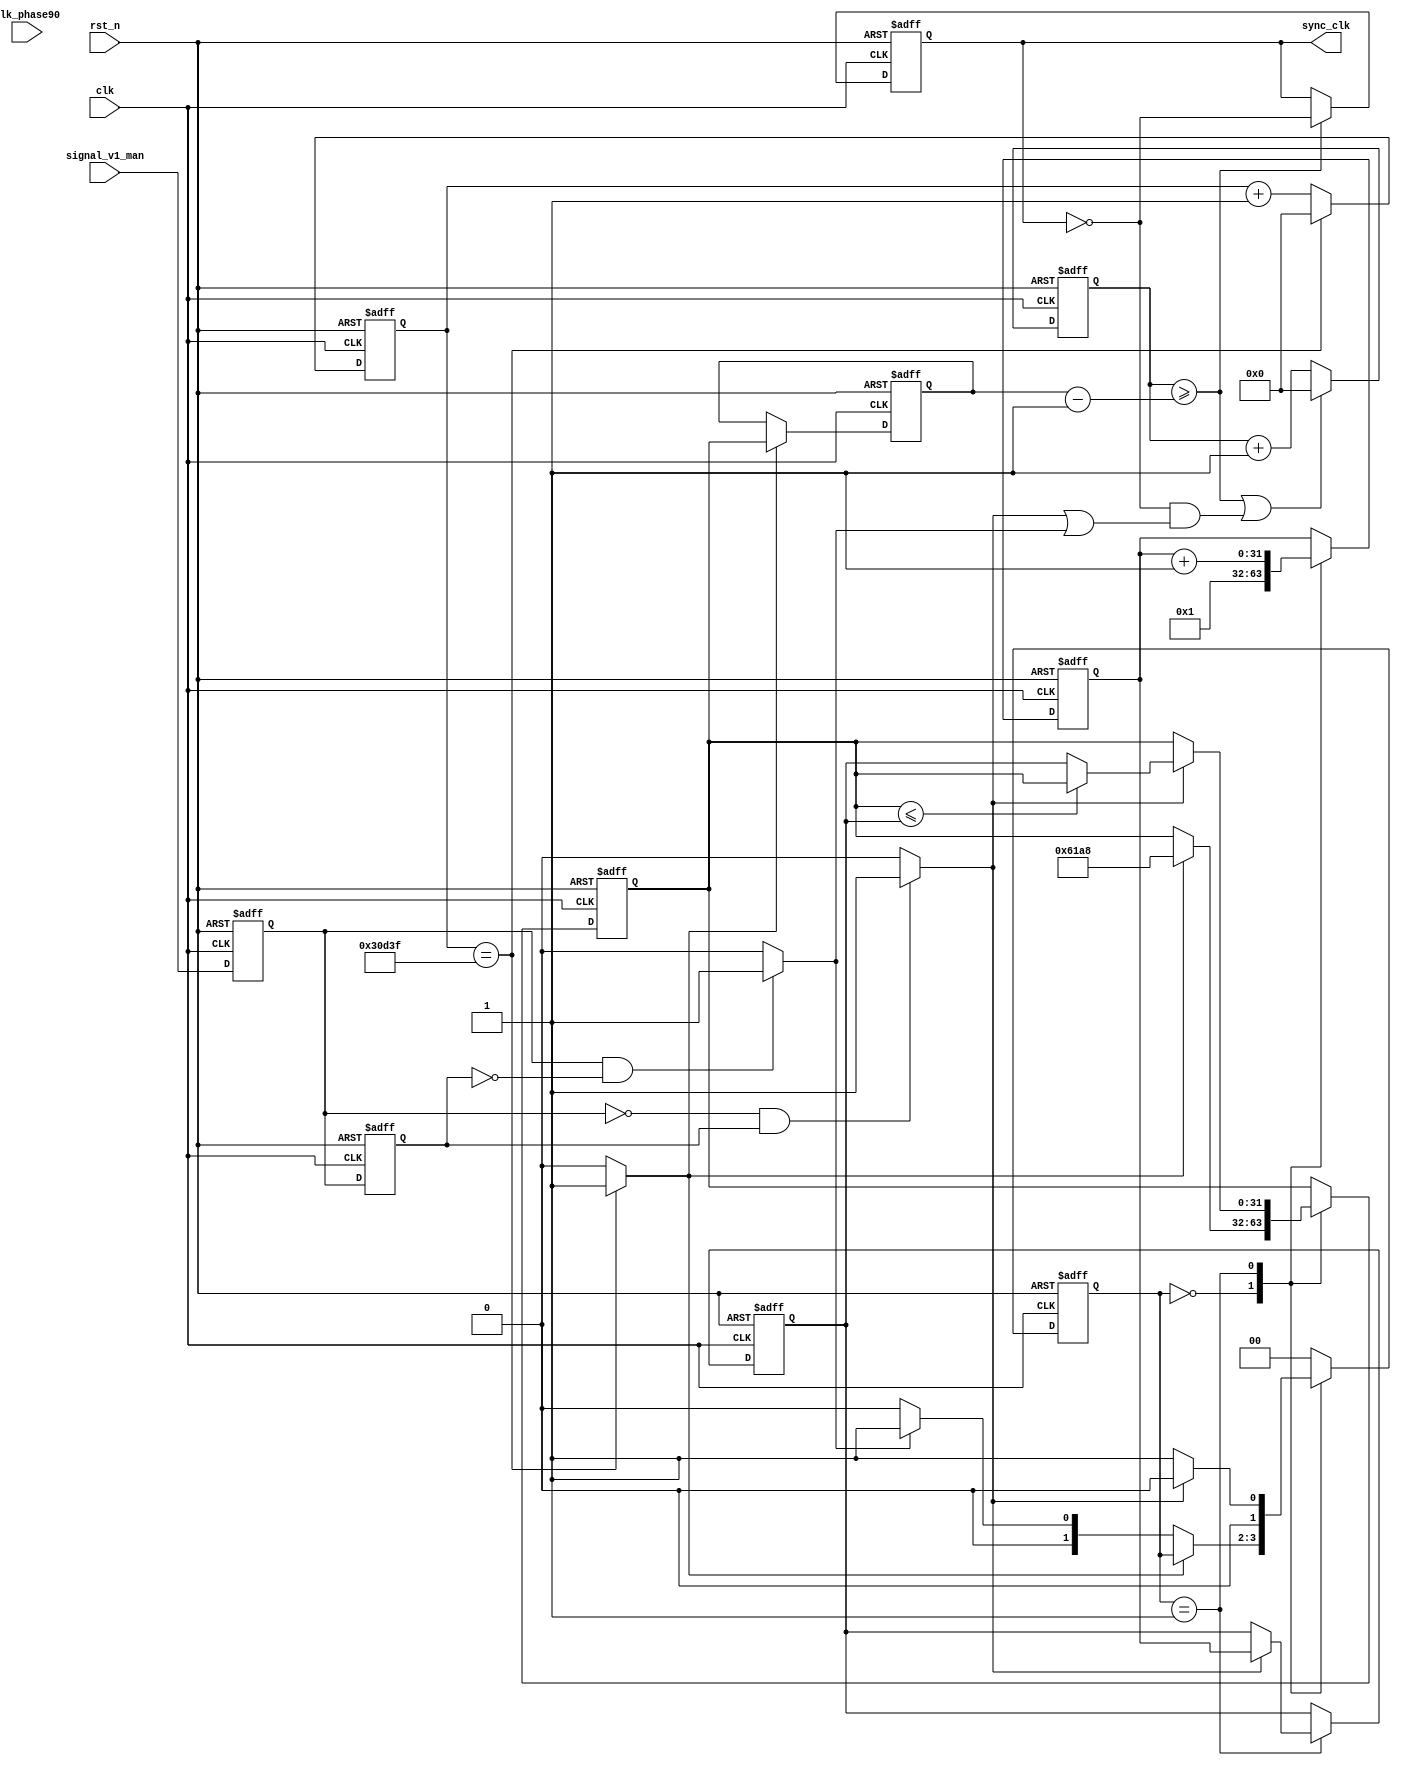
/*-----------------------------------------------------------------------

Date				:		2017-XX-XX
Description			:		Design for sync clk.

-----------------------------------------------------------------------*/

module sync
(
	//global clock
	input					clk,			//system clock
	input					rst_n,     		//sync reset
	input					clk_phase90,
	
	//manqiesite interface
	input					signal_v1_man,					

	//sync		 interface
	output		reg			sync_clk
	
); 


//--------------------------------
//Funtion :               
reg			signal_v1_man_buffer;
reg			signal_v1_man_buffer1;
wire		signal_pos;
wire		signal_neg;
always @(posedge clk or negedge rst_n)
begin
	if(!rst_n)
	begin
		signal_v1_man_buffer <= 0;
		signal_v1_man_buffer1 <= 0;
	end
	else
	begin
		signal_v1_man_buffer  <= signal_v1_man;
		signal_v1_man_buffer1 <= signal_v1_man_buffer;
	end
end

assign		signal_pos = (signal_v1_man_buffer == 1 && signal_v1_man_buffer1 == 0) ? 1 : 0;
assign		signal_neg = (signal_v1_man_buffer == 0 && signal_v1_man_buffer1 == 1) ? 1 : 0;

//--------------------------------
//Funtion :  100ms
reg			[31:0]		cnt_100ms;
wire					cnt_done;
wire					cnt_init;
//parameter				CNT_100MS_NUM = 50_000_00 << 2 ;
parameter				CNT_100MS_NUM = 50_000 <<2;
always @(posedge clk or negedge rst_n)
begin
	if(!rst_n)
		cnt_100ms <= 0;
	else if(cnt_100ms == CNT_100MS_NUM - 1)
		cnt_100ms <= 0;
	else
		cnt_100ms <= cnt_100ms + 1;
end

assign		cnt_done = (cnt_100ms == CNT_100MS_NUM - 1) ? 1 : 0;
//assign		cnt_init = (cnt_100ms == 100 ) ? 1 : 0; 

//--------------------------------
//Funtion :  
reg		[1:0]		state_sync_1;
reg		[31:0]		cnt_temp;
reg		[31:0]		cnt_m_r;
reg		[31:0]		cnt_m;

always @(posedge clk or negedge rst_n)
begin
	if(!rst_n)
	begin
		state_sync_1 <= 0;
		cnt_temp <= 0;
		cnt_m_r <= 0;
		cnt_m <= 0;
	end
	else
		case(state_sync_1)
			2'd0 :
			begin
				cnt_temp <= 1;
				if(cnt_done)
				begin
					cnt_m <= 100_000>>2;
				end
				else if(signal_pos)
					state_sync_1 <= 1;
				else
					state_sync_1 <= 0;
			end
			
			2'd1 :
			begin
				cnt_temp <= cnt_temp + 1;
				if(signal_neg)
				begin
					cnt_m_r <= cnt_temp;
					cnt_m   <= (cnt_m <= cnt_m_r) ? cnt_m : cnt_m_r;
					state_sync_1   <= 0;
				end
				else
				begin
					state_sync_1 <= 1;
				end
			end
			
			default : state_sync_1 <= 0;
		endcase
end

reg		[31:0]		min_temp;

always @(posedge clk or negedge rst_n)
begin
	if(!rst_n)
		min_temp <= 0;
	else if(cnt_done)
		min_temp <= cnt_m;
	else
		min_temp <= min_temp;
end



//--------------------------------
//Funtion :  clk
reg			[31:0]		cnt_sync;
always @(posedge clk or negedge rst_n)
begin
	if(!rst_n)
		cnt_sync <= 0;
	else if(cnt_sync >= min_temp )
		cnt_sync <= 0;
	else
		cnt_sync <= cnt_sync + 1;
end
wire			sync_en;
assign			sync_en = (cnt_sync >= min_temp) ? 1 : 0;

reg		man_buffer;
reg		man_buffer1;
always @(posedge clk or negedge rst_n)
begin
	if(!rst_n)
	begin
		man_buffer <= 0;
		man_buffer1 <= 0;
	end
	else if(sync_en)
	begin
		man_buffer <= signal_v1_man;
		man_buffer1 <= man_buffer;
	end
	else
	begin
		man_buffer <= man_buffer ;
		man_buffer1 <= man_buffer1;	
	end
end

reg		[1:0]		state_sync;
reg					sig_there;
reg		[31:0]		cnt_there;
always @(posedge clk or negedge rst_n)
begin
	if(!rst_n)
	begin
		state_sync <= 0;
		sig_there <= 0;
		cnt_there <= 0;
	end
	else
		case(state_sync)
			2'd0 :
			begin
				sig_there <= 0;
				if(signal_v1_man && !man_buffer && !man_buffer1)
					state_sync <= 1;
				else
					state_sync <= 0;
			end	
			
			2'd1 :
			begin
				if(cnt_there >= min_temp)
				begin
					state_sync <= 0;
					cnt_there <= 0;
					sig_there <= 1;
				end
				else 
				begin
					cnt_there <= cnt_there + 1;
					state_sync <= 1;
					sig_there <= 0;
				end
			end
			
/* 			2'd2 :
			begin
				if(signal_neg || signal_pos)
				begin
					state_sync <= 0;
					sig_there <= 1;
				end
				else
					state_sync <= 2;
			end */
			default : ;
		endcase
end

wire		[31:0]		cnt_div = (min_temp << 1);
reg			[31:0]		sync_cnt;
// >=  
always @(posedge clk or negedge rst_n)
begin
	if(!rst_n)
		sync_cnt <= 0;
	else if(sync_cnt >= min_temp - 1 ||(sync_clk == 0 &&(signal_neg || signal_pos)))
		sync_cnt <= 0;
	else
		sync_cnt <= sync_cnt + 1;
end




always @(posedge clk or negedge rst_n)
begin
	if(!rst_n)
		sync_clk <= 0;
	// else if(sync_cnt == cnt_div - 1 )
		// sync_clk <= 0;
	else if(sync_cnt >= min_temp -1 )
		sync_clk <= ~sync_clk;
	else
		sync_clk <= sync_clk;
end







endmodule